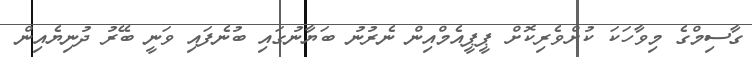
ގާސިމްގެ މިވާހަކަ ކުށްވެރިކޮށް ޕީޕީއެމްއިން ނެރުނު ބަޔާނުގައި ބުނެފައި ވަނީ ބޭރު ދުނިޔެއިން